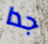
جدا